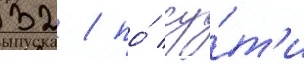
32 / по́ су́т'и